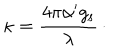
\kappa = { \frac { 4 \pi \alpha ^ { \prime } g _ { \mathrm { s } } } { \lambda } } \, \cdotp